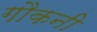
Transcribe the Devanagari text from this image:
गौकनी